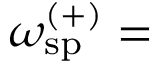
\omega _ { \mathrm { s p } } ^ { ( + ) } = \begin{array} { r l } \end{array}